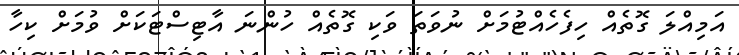
އަމިއްލަ ގޮތެއް ހިފެހެއްޓުމަށް ނުވަތަ ވަކި ގޮތެއް ހުންނަ އާޓިސްޓަކަށް ވުމަށް ކިހާ